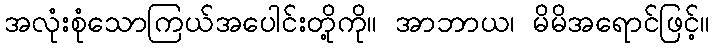
အလုံးစုံသောကြယ်အပေါင်းတို့ကို။ အာဘာယ၊ မိမိအရောင်ဖြင့်။